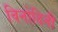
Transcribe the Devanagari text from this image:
विनोदिनी